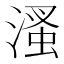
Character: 溞